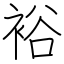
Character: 裕